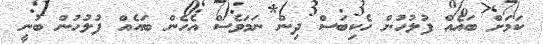
ކަމަށް ބައެއް ފުލުހުން ހެކިބަސް ދިން ނަމަވެސް އެހެން ބައެއް ފުލުހުން ބުނީ